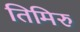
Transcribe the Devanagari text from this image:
तिमिरु